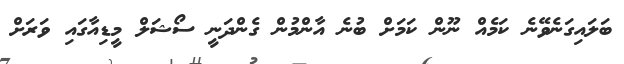
ބަލައިގަނެވޭނެ ކަމެއް ނޫން ކަމަށް ބުނެ އާންމުން ގެންދަނީ ސޯޝަލް މީޑިއާގައި ވަރަށް